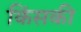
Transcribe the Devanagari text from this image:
किंसकी